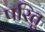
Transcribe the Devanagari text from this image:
परितु